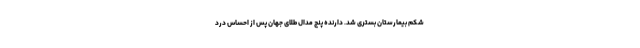
شکم بیمارستان بستری شد. دارنده پنج مدال طلای جهان پس از احساس درد